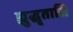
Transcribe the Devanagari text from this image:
ह्युद्धृतासि